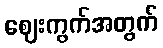
ဈေးကွက်အတွက်